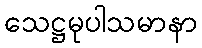
သေဋ္ဌမုပါသမာနာ